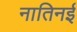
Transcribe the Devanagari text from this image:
नातिनई